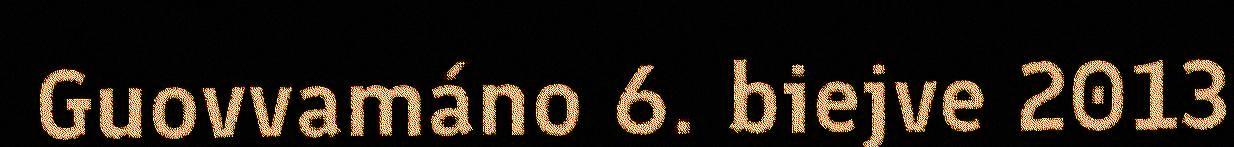
Guovvamáno 6. biejve 2013